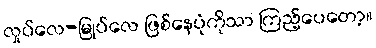
လှုပ်လေ-မြုပ်လေ ဖြစ်နေပုံကိုသာ ကြည့်ပေတော့။